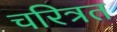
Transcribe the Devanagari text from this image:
चरित्रत